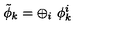
\tilde { \phi } _ { k } = \oplus _ { i } \ \phi _ { k } ^ { i }